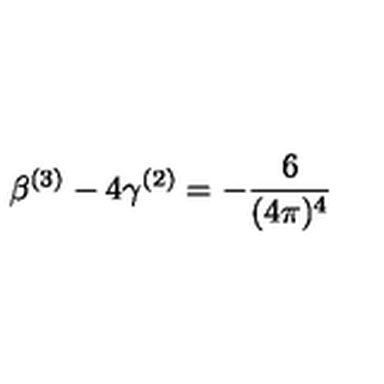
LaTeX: \beta ^ { ( 3 ) } - 4 \gamma ^ { ( 2 ) } = - \frac { 6 } { ( 4 \pi ) ^ { 4 } }